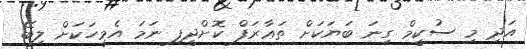
އަދި މި ސުކީމް ގިނަ ބަޔަކަށް ތަޢާރަފް ކޮށްދީފި ނަމަ އެމީހަކަށް ލިބޭ